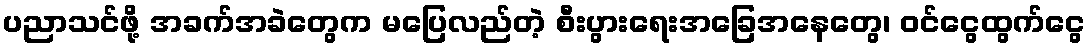
ပညာသင်ဖို့ အခက်အခဲတွေက မပြေလည်တဲ့ စီးပွားရေးအခြေအနေတွေ၊ ဝင်ငွေထွက်ငွေ